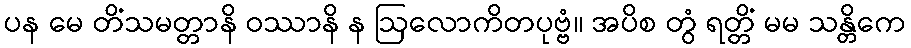
ပန မေ တိံသမတ္တာနိ ဝဿာနိ န ဩလောကိတပုဗ္ဗံ။ အပိစ တွံ ရတ္တိံ မမ သန္တိကေ